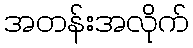
အတန်းအလိုက်